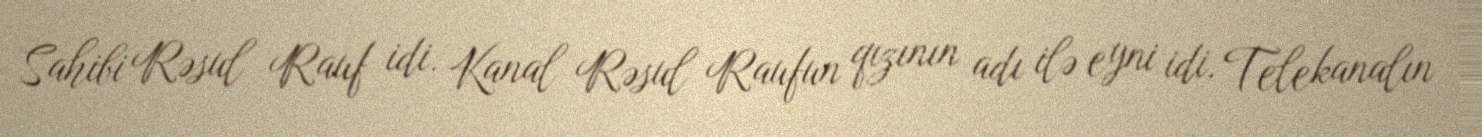
Sahibi Rəsul Rauf idi. Kanal Rəsul Raufun qızının adı ilə eyni idi. Telekanalın